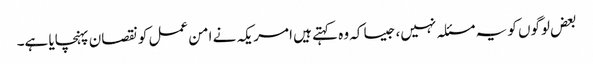
بعض لوگوں کو یہ مسئلہ نہیں، جیسا کہ وہ کہتے ہیں امریکہ نے امن عمل کو نقصان پہنچایا ہے۔